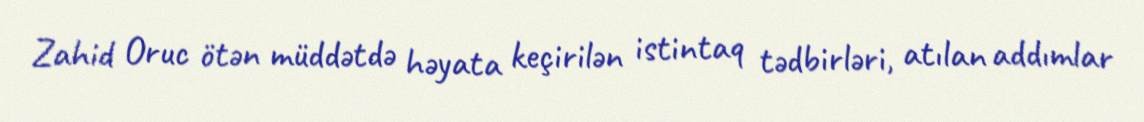
Zahid Oruc ötən müddətdə həyata keçirilən istintaq tədbirləri, atılan addımlar